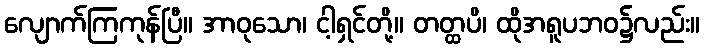
လျောက်ကြကုန်ပြီ။ အာဝုသော၊ ငါ့ရှင်တို့။ တတ္ထပိ၊ ထိုအရူပဘဝ၌လည်း။